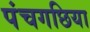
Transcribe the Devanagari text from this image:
पंचगछिया